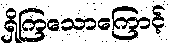
ရှိကြသောကြောင့်